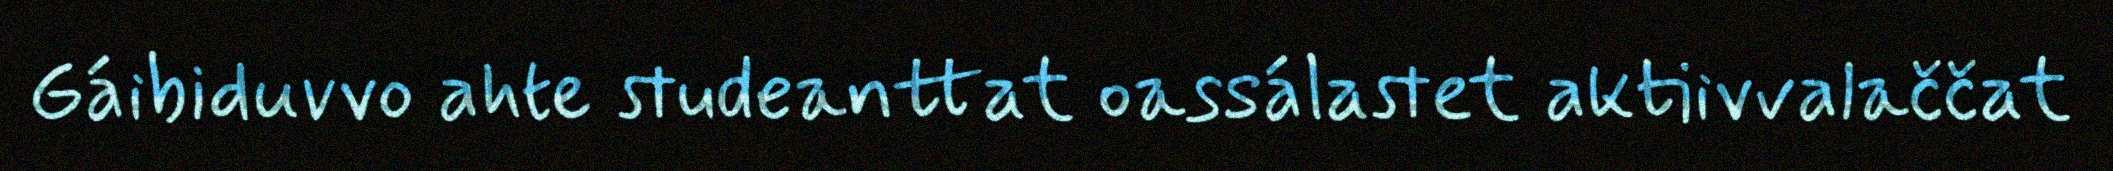
Gáibiduvvo ahte studeanttat oassálastet aktiivvalaččat